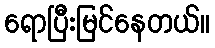
ရောပြီးမြင်နေတယ်။